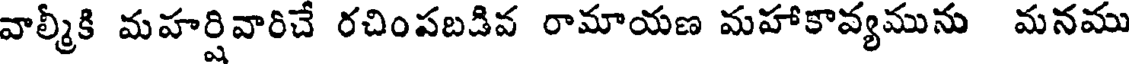
వాల్మీకి మహర్షివారిచే రచింపబడివ రామాయణ మహాకావ్యమును మనము